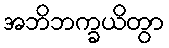
အဘိဘက္ခယိတွာ